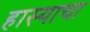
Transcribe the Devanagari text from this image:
हास्याचा